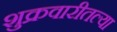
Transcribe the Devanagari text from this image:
शुक्रवारीतल्या